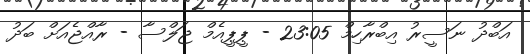
އަބްދު ނަސީރު އިބްރާހިމް 23:05 - ޕީޕީއެމް ޖަލްސާ - ރާއްޖެއަށް ބަދު